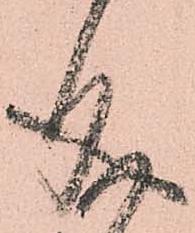
成